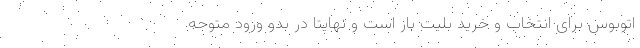
اتوبوس برای انتخاب و خرید بلیت باز است و نهایتا در بدو ورود متوجه